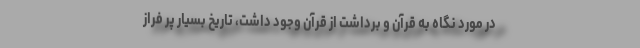
در مورد نگاه به قرآن و برداشت از قرآن وجود داشت، تاریخ بسیار پر فراز